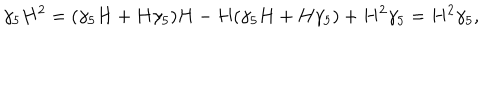
\gamma _ { 5 } H ^ { 2 } = ( \gamma _ { 5 } H + H \gamma _ { 5 } ) H - H ( \gamma _ { 5 } H + H \gamma _ { 5 } ) + H ^ { 2 } \gamma _ { 5 } = H ^ { 2 } \gamma _ { 5 } ,